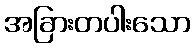
အခြားတပါးသော